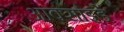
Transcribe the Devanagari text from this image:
आक्साइडें